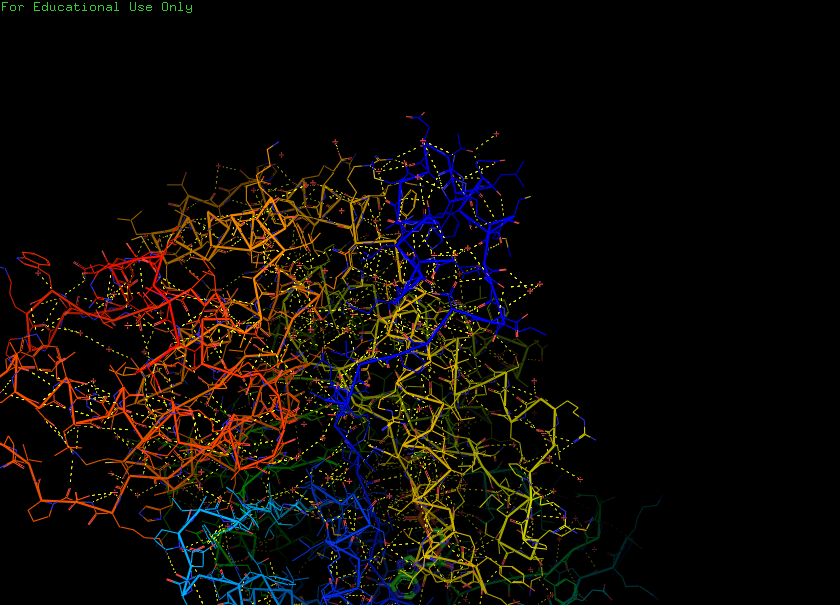
pymol, preset, technical